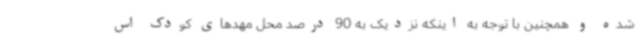
شده و همچنین با توجه به اینکه نزدیک به 90 درصد محل مهدهای کودک اس